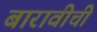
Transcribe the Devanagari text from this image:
बारावीची